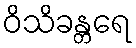
ဝိသိခန္တရေ